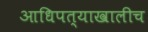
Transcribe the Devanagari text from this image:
आधिपत्याखालीच